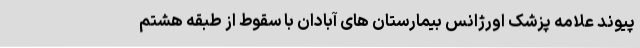
پیوند علامه پزشک اورژانس بیمارستان های آبادان با سقوط از طبقه هشتم